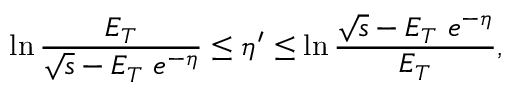
\ln { \frac { E _ { T } } { \sqrt { s } - E _ { T } \ e ^ { - \eta } } } \leq \eta ^ { \prime } \leq \ln { \frac { \sqrt { s } - E _ { T } \ e ^ { - \eta } } { E _ { T } } } ,